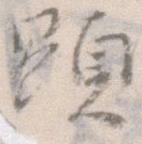
顕